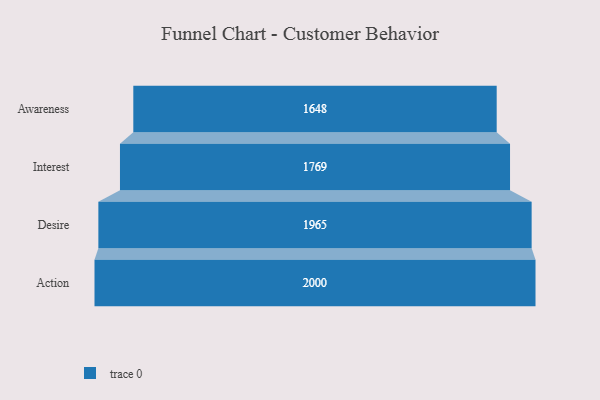
{"axis": {"x": "Stage", "y": "Value"}, "legend": [""], "data": [{"x": "Awareness", "y": 1648.0, "type": ""}, {"x": "Interest", "y": 1769.0, "type": ""}, {"x": "Desire", "y": 1965.0, "type": ""}, {"x": "Action", "y": 2000, "type": ""}]}